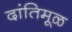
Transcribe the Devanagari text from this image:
दांतिमूळ